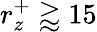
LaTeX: r_{z}^{+}\gtrapprox 15